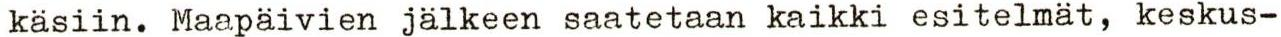
käsiin. Maapäivien jälkeen saatetaan kaikki esitelmät, keskus-